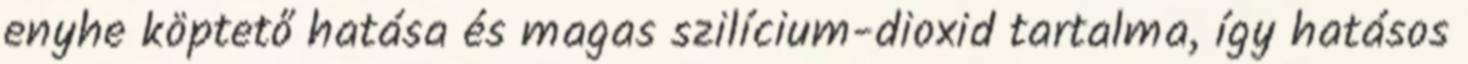
enyhe köptető hatása és magas szilícium-dioxid tartalma, így hatásos